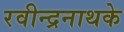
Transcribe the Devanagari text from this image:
रवीन्द्रनाथके